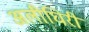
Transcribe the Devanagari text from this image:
अलीघिरी